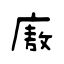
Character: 廒